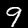
Label: 9